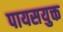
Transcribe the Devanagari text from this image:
पायसयुक्त